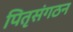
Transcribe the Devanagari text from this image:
पितृसंगठन